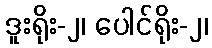
ဒူးရိုး-၂၊ ပေါင်ရိုး-၂၊